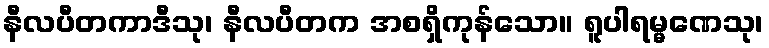
နီလပီတကာဒီသု၊ နီလပီတက အစရှိကုန်သော။ ရူပါရမ္မဏေသု၊